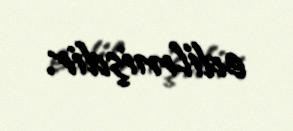
edilmişdir.